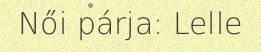
Női párja: Lelle